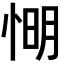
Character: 𢜠